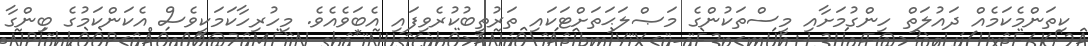
ކިތަންމެކަމެއް ދައުލަތް ހިންގުމަށާއި މީސްތަކުންގެ މަޞްލަޙަތަށްޓަކައި ތަރުތީބުކުރެވިފައި އެބަވެއެވެ. މިހުރިހާކަމަކީވެސް އެކަންކަމުގެ ބިންގާ